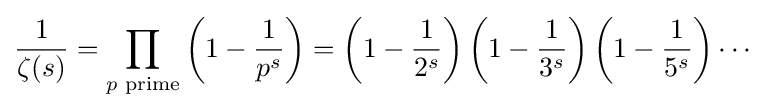
{\frac {1}{\zeta (s)}}=\prod _{p{\text{ prime}}}{\left(1-{\frac {1}{p^{s}}}\right)}=\left(1-{\frac {1}{2^{s}}}\right)\left(1-{\frac {1}{3^{s}}}\right)\left(1-{\frac {1}{5^{s}}}\right)\cdots